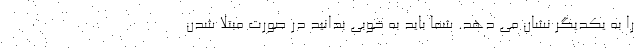
را به یکدیگر نشان می دهد. شما باید به خوبی بدانید در صورت مبتلا شدن